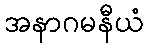
အနာဂမနီယံ